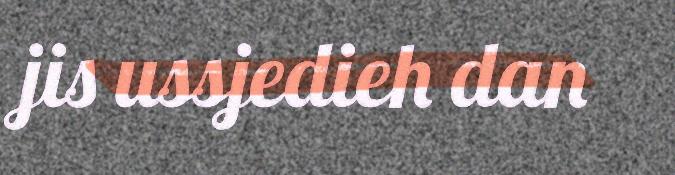
jis ussjedieh dan